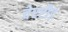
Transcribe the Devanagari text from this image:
वेररौड़